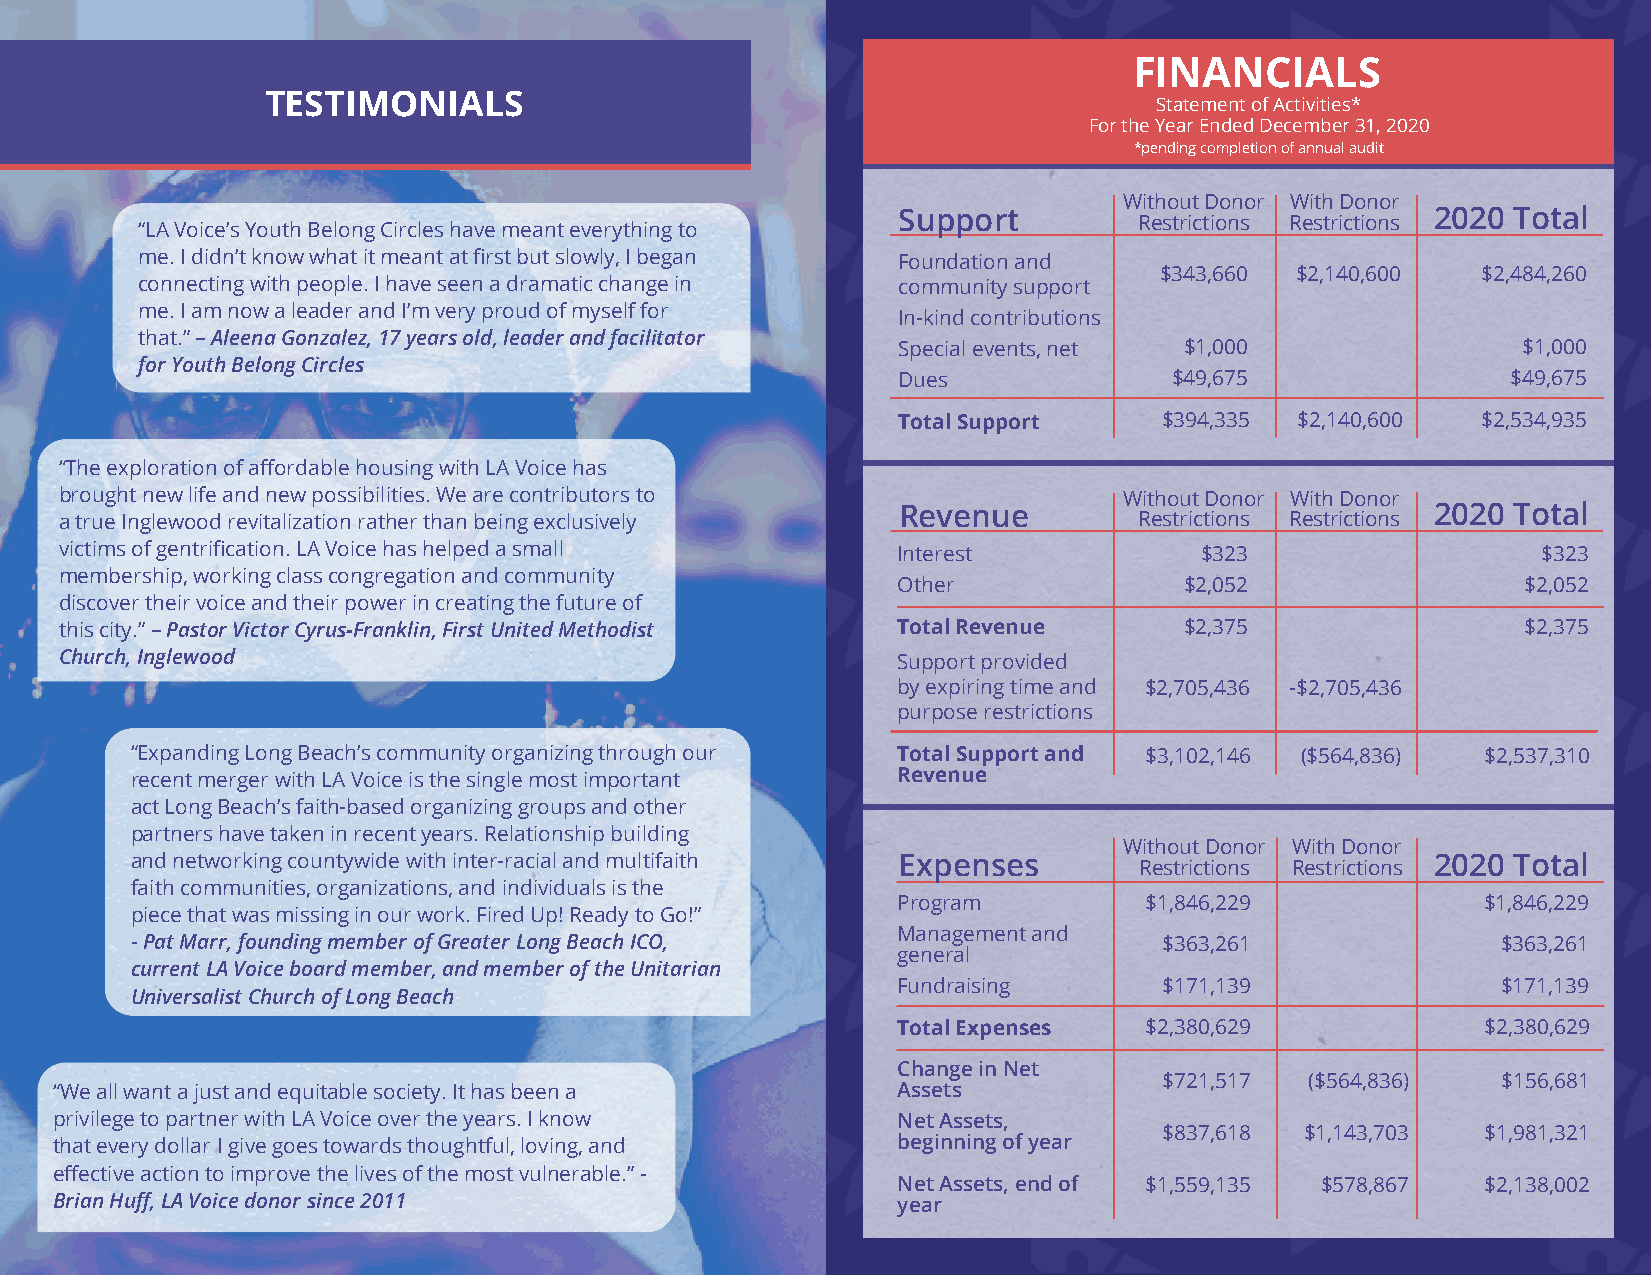
FINANCIALS
 TESTIMONIALS
 Statement of Activities*
 For the Year Ended December 31, 2020
 *pending completion of annual audit
 Without Donor With Donor
 Support         Restrictions Restrictions 2020 Total
 “LA Voice’s Youth Belong Circles have meant everything to
 me. I didn’t know what it meant at first but slowly, I began Foundation and
 $343,660 $2,140,600  $2,484,260
 connecting with people. I have seen a dramatic change in community support
 me. I am now a leader and I’m very proud of myself for
 In-kind contributions
 that.” – Aleena Gonzalez, 17 years old, leader and facilitator
 Special events, net $1,000                $1,000
 for Youth Belong Circles
 Dues               $49,675               $49,675
 Total Support     $394,335 $2,140,600  $2,534,935
 “The exploration of affordable housing with LA Voice has
 brought new life and new possibilities. We are contributors to        Without Donor With Donor
 a true Inglewood revitalization rather than being exclusively Revenue  Restrictions Restrictions 2020 Total
 victims of gentrification. LA Voice has helped a small Interest            $323                   $323
 membership, working class congregation and community
 Other              $2,052                 $2,052
 discover their voice and their power in creating the future of
 this city.” – Pastor Victor Cyrus-Franklin, First United Methodist Total Revenue $2,375          $2,375
 Church, Inglewood                                      Support provided
 by expiring time and $2,705,436 -$2,705,436
 purpose restrictions
 “Expanding Long Beach’s community organizing through our Total Support and $3,102,146 ($564,836) $2,537,310
 recent merger with LA Voice is the single most important Revenue
 act Long Beach’s faith-based organizing groups and other
 partners have taken in recent years. Relationship building
 Without Donor With Donor
 and networking countywide with inter-racial and multifaith Expenses Restrictions Restrictions 2020 Total
 faith communities, organizations, and individuals is the
 Program          $1,846,229            $1,846,229
 piece that was missing in our work. Fired Up! Ready to Go!”
 Management and
 - Pat Marr, founding member of Greater Long Beach ICO,              $363,261              $363,261
 general
 current LA Voice board member, and member of the Unitarian
 Fundraising       $171,139              $171,139
 Universalist Church of Long Beach
 Total Expenses   $2,380,629            $2,380,629
 Change in Net
 $721,517  ($564,836)  $156,681
 “We all want a just and equitable society. It has been a Assets
 privilege to partner with LA Voice over the years. I know Net Assets,
 $837,618 $1,143,703  $1,981,321
 that every dollar I give goes towards thoughtful, loving, and beginning of year
 effective action to improve the lives of the most vulnerable.” -
 Net Assets, end of $1,559,135 $578,867 $2,138,002
 Brian Huff, LA Voice donor since 2011                   year